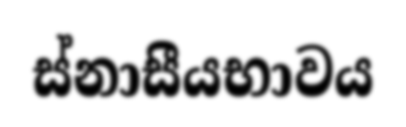
ස්නාසීයභාවය